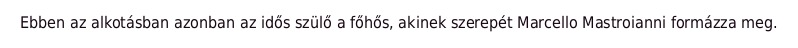
Ebben az alkotásban azonban az idős szülő a főhős, akinek szerepét Marcello Mastroianni formázza meg.